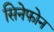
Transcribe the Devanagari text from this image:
सिनेफोन